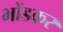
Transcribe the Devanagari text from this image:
भोंडकर